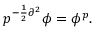
p ^ { - \frac { 1 } { 2 } \partial ^ { 2 } } \phi = \phi ^ { p } .